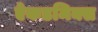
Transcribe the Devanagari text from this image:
ऐकडमिक्स